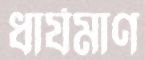
ধার্যমাণ